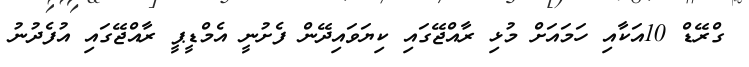
ގްރޭޑް 10އަކާއި ހަމައަށް މުޅި ރާއްޖޭގައި ކިޔަވައިދޭން ފެށުނީ އެމްޑީޕީ ރާއްޖޭގައި އުފެދުނު